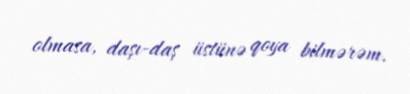
olmasa, daşı-daş üstünə qoya bilmərəm.